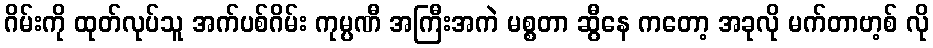
ဂိမ်းကို ထုတ်လုပ်သူ အက်ပစ်ဂိမ်း ကုမ္ပဏီ အကြီးအကဲ မစ္စတာ ဆွီနေ ကတော့ အခုလို မက်တာဗာ့စ် လို